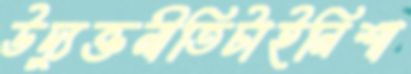
উদ্যুক্তনীতিটাইনিশা